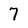
Character: 7